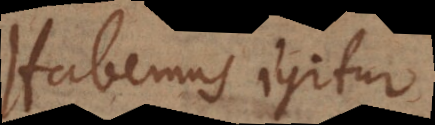
Habemus igitur